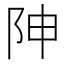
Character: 𨸬